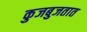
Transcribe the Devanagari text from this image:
कुजबुजतात